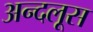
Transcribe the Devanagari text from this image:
अन्दलूस